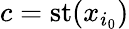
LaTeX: c=\mathrm{{st}}(x_{i_{0}})